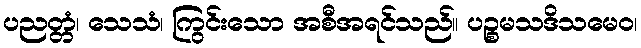
ပညတ္တံ၊ သေသံ၊ ကြွင်းသော အစီအရင်သည်။ ပဉ္စမသဒိသမေဝ၊